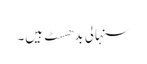
سنہالی بدھسٹ ہیں۔